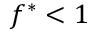
f ^ { * } < 1